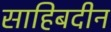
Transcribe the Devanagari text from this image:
साहिबदीन